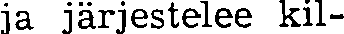
ja järjestelee kil-